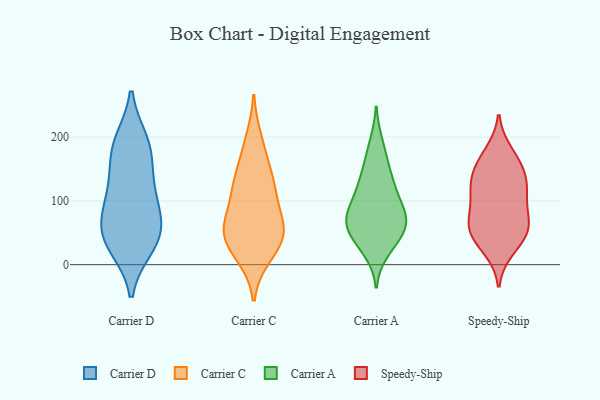
{"axis": {"x": "Bounce Rate (%)", "y": "Value"}, "legend": ["Carrier A", "Carrier C", "Carrier D", "Speedy-Ship"], "data": [{"x": "", "y": 48, "type": "Carrier D"}, {"x": "", "y": 183, "type": "Carrier D"}, {"x": "", "y": 61, "type": "Carrier D"}, {"x": "", "y": 107, "type": "Carrier D"}, {"x": "", "y": 132, "type": "Carrier D"}, {"x": "", "y": 191, "type": "Carrier D"}, {"x": "", "y": 34, "type": "Carrier D"}, {"x": "", "y": 179, "type": "Carrier D"}, {"x": "", "y": 30, "type": "Carrier D"}, {"x": "", "y": 59, "type": "Carrier D"}, {"x": "", "y": 100, "type": "Carrier D"}, {"x": "", "y": 60, "type": "Carrier C"}, {"x": "", "y": 171, "type": "Carrier C"}, {"x": "", "y": 112, "type": "Carrier C"}, {"x": "", "y": 127, "type": "Carrier C"}, {"x": "", "y": 14, "type": "Carrier C"}, {"x": "", "y": 19, "type": "Carrier C"}, {"x": "", "y": 67, "type": "Carrier C"}, {"x": "", "y": 58, "type": "Carrier C"}, {"x": "", "y": 53, "type": "Carrier C"}, {"x": "", "y": 48, "type": "Carrier C"}, {"x": "", "y": 196, "type": "Carrier C"}, {"x": "", "y": 115, "type": "Carrier C"}, {"x": "", "y": 133, "type": "Carrier C"}, {"x": "", "y": 40, "type": "Carrier C"}, {"x": "", "y": 142, "type": "Carrier A"}, {"x": "", "y": 61, "type": "Carrier A"}, {"x": "", "y": 112, "type": "Carrier A"}, {"x": "", "y": 165, "type": "Carrier A"}, {"x": "", "y": 66, "type": "Carrier A"}, {"x": "", "y": 40, "type": "Carrier A"}, {"x": "", "y": 35, "type": "Carrier A"}, {"x": "", "y": 21, "type": "Carrier A"}, {"x": "", "y": 191, "type": "Carrier A"}, {"x": "", "y": 84, "type": "Carrier A"}, {"x": "", "y": 86, "type": "Carrier A"}, {"x": "", "y": 131, "type": "Carrier A"}, {"x": "", "y": 71, "type": "Carrier A"}, {"x": "", "y": 71, "type": "Carrier A"}, {"x": "", "y": 56, "type": "Carrier A"}, {"x": "", "y": 111, "type": "Carrier A"}, {"x": "", "y": 38, "type": "Speedy-Ship"}, {"x": "", "y": 61, "type": "Speedy-Ship"}, {"x": "", "y": 47, "type": "Speedy-Ship"}, {"x": "", "y": 68, "type": "Speedy-Ship"}, {"x": "", "y": 158, "type": "Speedy-Ship"}, {"x": "", "y": 130, "type": "Speedy-Ship"}, {"x": "", "y": 132, "type": "Speedy-Ship"}, {"x": "", "y": 110, "type": "Speedy-Ship"}, {"x": "", "y": 122, "type": "Speedy-Ship"}, {"x": "", "y": 25, "type": "Speedy-Ship"}, {"x": "", "y": 175, "type": "Speedy-Ship"}, {"x": "", "y": 70, "type": "Speedy-Ship"}, {"x": "", "y": 104, "type": "Speedy-Ship"}, {"x": "", "y": 61, "type": "Speedy-Ship"}, {"x": "", "y": 160, "type": "Speedy-Ship"}]}